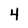
Character: 4